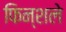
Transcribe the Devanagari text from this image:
फिन्शले